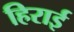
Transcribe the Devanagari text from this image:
हिराई